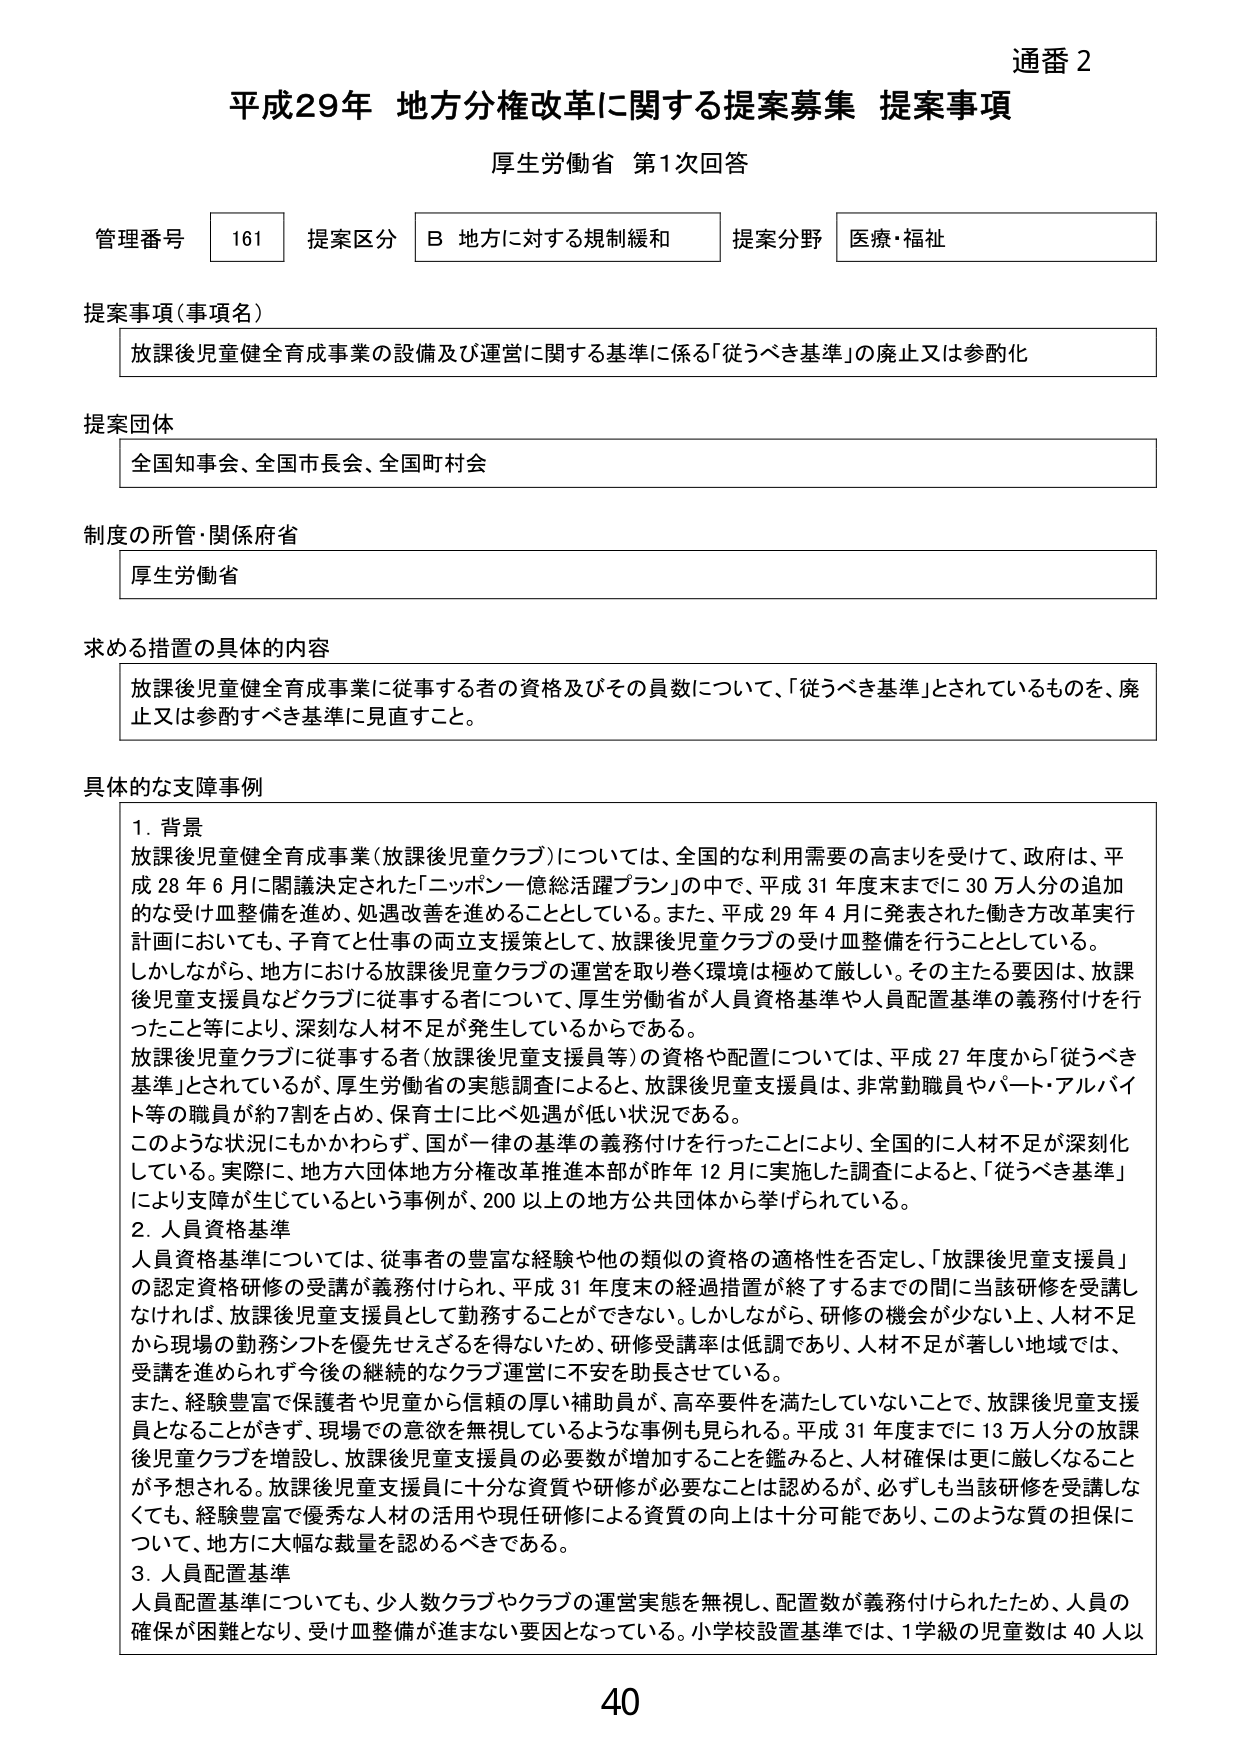
通番 2
平成29年 地方分権改革に関する提案募集 提案事項
厚生労働省 第1次回答

管理番号 161 提案区分 B 地方に対する規制緩和 提案分野 医療・福祉

提案事項（事項名）
放課後児童健全育成事業の設備及び運営に関する基準に係る「従うべき基準」の廃止又は参酌化

提案団体
全国知事会、全国市長会、全国町村会

制度の所管・関係府省
厚生労働省

求める措置の具体的内容
放課後児童健全育成事業に従事する者の資格及びその員数について、「従うべき基準」とされているものを、廃止又は参酌すべき基準に見直すこと。

具体的な支障事例
1. 背景
放課後児童健全育成事業（放課後児童クラブ）については、全国的な利用需要の高まりを受けて、政府は、平成28年6月に閣議決定された「ニッポン一億総活躍プラン」の中で、平成31年度末までに30万人分の追加的な受け皿整備を進め、処遇改善を進めることとしている。また、平成29年4月に発表された働き方改革実行計画においても、子育てと仕事の両立支援策として、放課後児童クラブの受け皿整備を行うこととしている。
しかしながら、地方における放課後児童クラブの運営を取り巻く環境は極めて厳しい。その主たる要因は、放課後児童支援員などクラブに従事する者について、厚生労働省が人員資格基準や人員配置基準の義務付けを行ったこと等により、深刻な人材不足が発生しているからである。
放課後児童クラブに従事する者（放課後児童支援員等）の資格や配置については、平成27年度から「従うべき基準」とされているが、厚生労働省の実態調査によると、放課後児童支援員は、非常勤職員やパート・アルバイト等の職員が約7割を占め、保育士に比べ処遇が低い状況である。
このような状況にもかかわらず、国が一律の基準の義務付けを行うことにより、全国的に人材不足が深刻化している。実際に、地方六団体地方分権改革推進本部が昨年12月に実施した調査によると、「従うべき基準」により支障が生じているという事例が、200以上の地方公共団体から挙げられている。

2. 人員資格基準
人員資格基準については、従事者の豊富な経験や他の類似の資格の適格性を否定し、「放課後児童支援員」の認定資格研修の受講が義務付けられ、平成31年度末の経過措置が終了するまでの間に当該研修を受講しなければ、放課後児童支援員として勤務することができない。しかしながら、研修の機会が少ない上、人材不足から現場の勤務シフトを優先せざるを得ないため、研修受講率は低調であり、人材不足が著しい地域では、受講を進められず今後の継続的なクラブ運営に不安を助長させている。
また、経験豊富で保護者や児童から信頼の厚い補助員が、高卒要件を満たしていないことで、放課後児童支援員となることができず、現場での意欲を無視しているような事例も見られる。平成31年度までに13万人分の放課後児童クラブを増設し、放課後児童支援員の必要数が増加することを鑑みると、人材確保は更に厳しくなることが予想される。放課後児童支援員に十分な資質や研修が必要なことは認めるが、必ずしも当該研修を受講しなくても、経験豊富で優秀な人材の活用や現任研修による資質の向上は十分可能であり、このような質の担保について、地方に大幅な裁量を認めるべきである。

3. 人員配置基準
人員配置基準についても、少人数クラブやクラブの運営実態を無視し、配置数が義務付けられたため、人員の確保が困難となり、受け皿整備が進まない要因となっている。小学校設置基準では、1学級の児童数は40人以

40